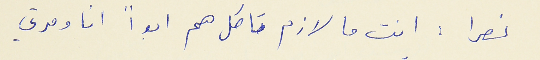
نصرا : انت ما لازم تاكل هم ابداً انا ومرتي